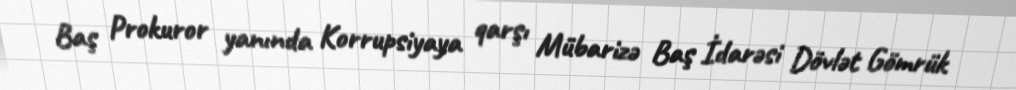
Baş Prokuror yanında Korrupsiyaya qarşı Mübarizə Baş İdarəsi Dövlət Gömrük